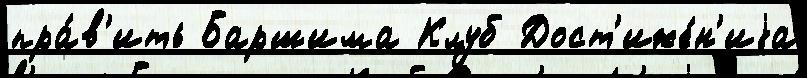
пра́в'ить Баршима Клуб Дост'иже́н'иjа